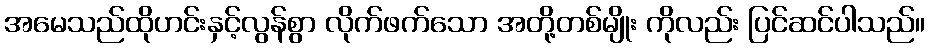
အမေသည်ထိုဟင်းနှင့်လွန်စွာ လိုက်ဖက်သော အတို့တစ်မျိုး ကိုလည်း ပြင်ဆင်ပါသည်။